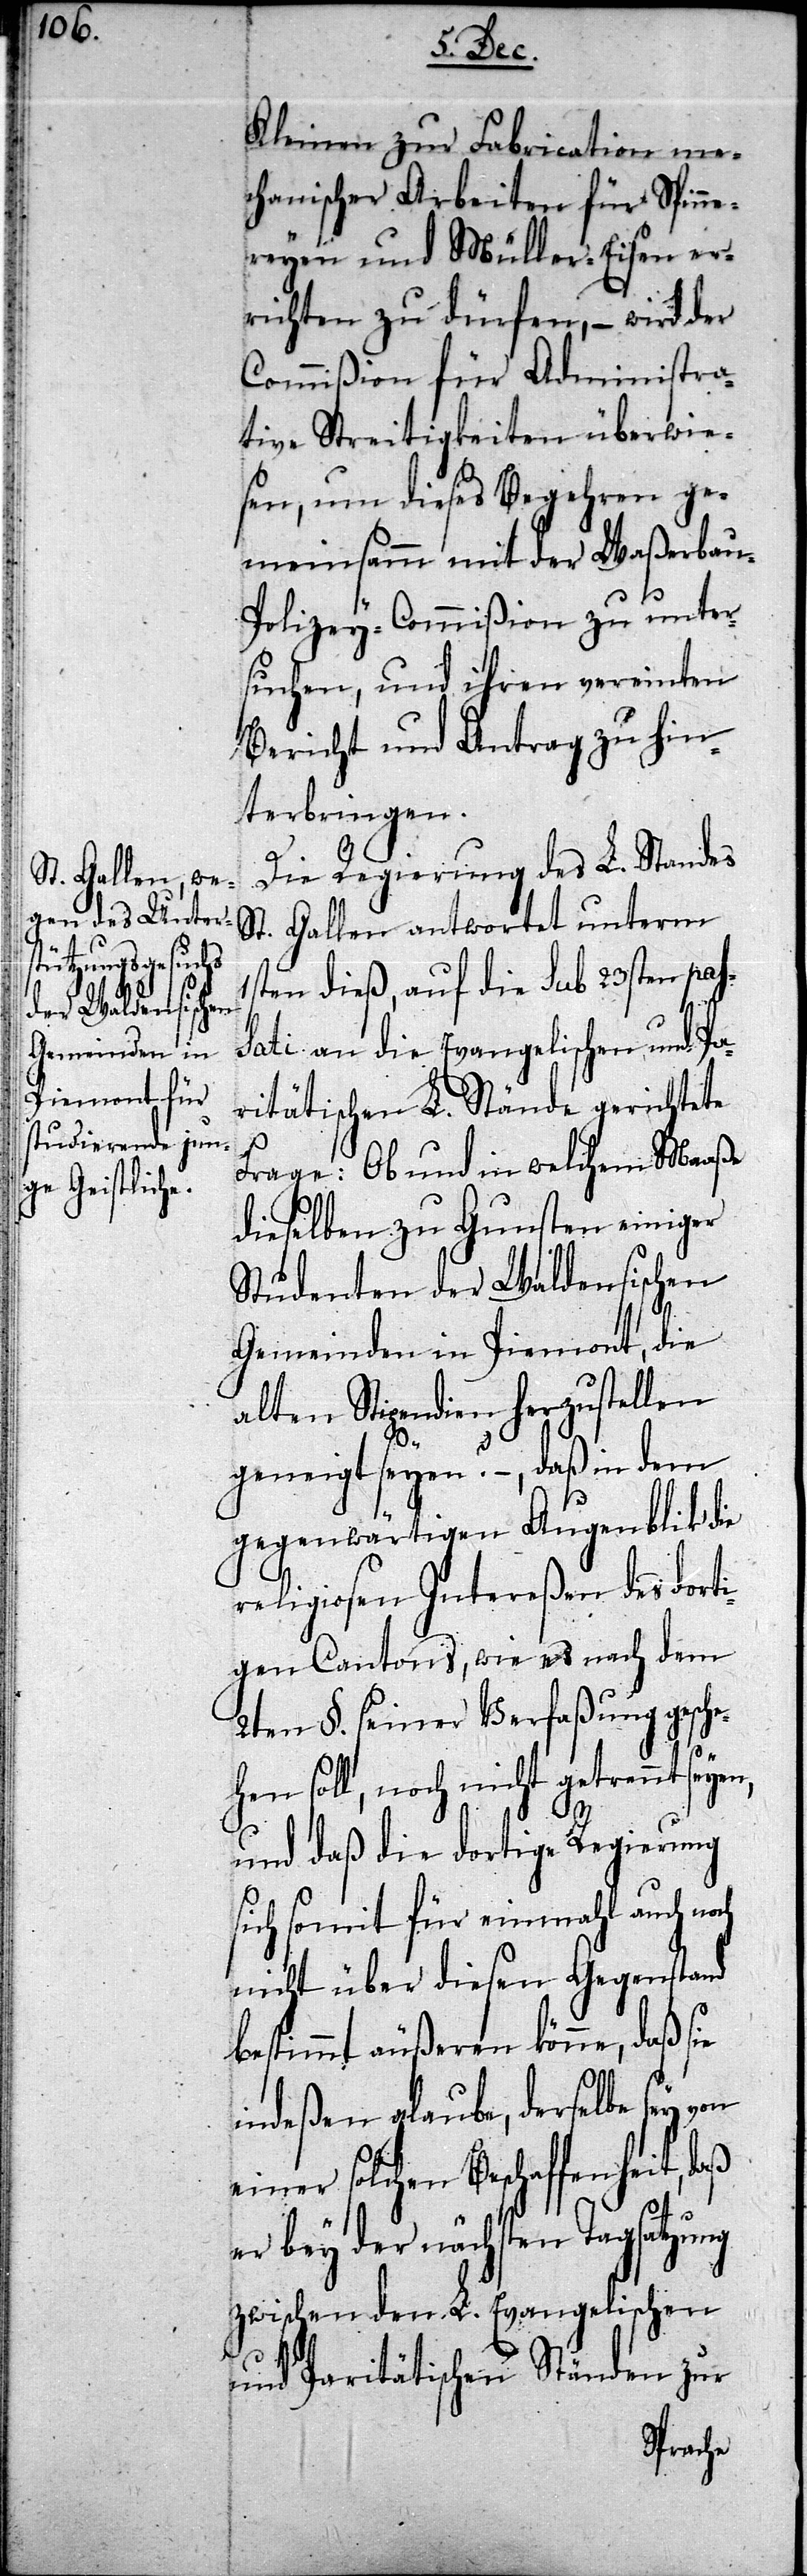
Kleinen zur Fabrication me¬
chanischer Arbeiten für Spinne¬
reyen und Müller-Eisen er¬
richten zu dürfen, – wird der
Commißion für Administra¬
tive Streitigkeiten überwie¬
sen, um dieses Begehren ge¬
meinsam mit der Waßerbau-P¬
olizey-Commißion zu unter¬
suchen, und ihren vereinten
Bericht und Antrag zu hin¬
terbringen.
Die Regierung des L. Standes
St. Gallen antwortet unterm
ten dieß, auf die sub 23sten pas¬
sati an die Evangelischen und Pa¬
ritätischen L. Stände gerichtete
aß
Frage: Ob und in welchem Maaße
dieselben zu Gunsten einiger
Studenten der Waldensischen
Gemeinden in Piemont, die
alten Stipendien herzustellen
geneigt seyen? –, daß in dem
gegenwärtigen Augenblik die
religiosen Intereßen des dorti¬
gen Cantons, wie es nach dem
2ten §. seiner Verfaßung gesch¬
ehen soll, noch nicht getrennt seye¬
n,
und daß die dortige Regierung
sich somit für einmahl auch no¬
nicht über diesen Gegenstand
bestimmt äußeren könne, daß sie
indeßen glaube, derselbe sey
einer solchen Beschaffenheit, d¬
er bey der nächsten Tagsatzung
zwischen den L. Evangelischen
und Paritätischen Ständen zur